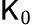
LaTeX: \mathsf{K}_{0}